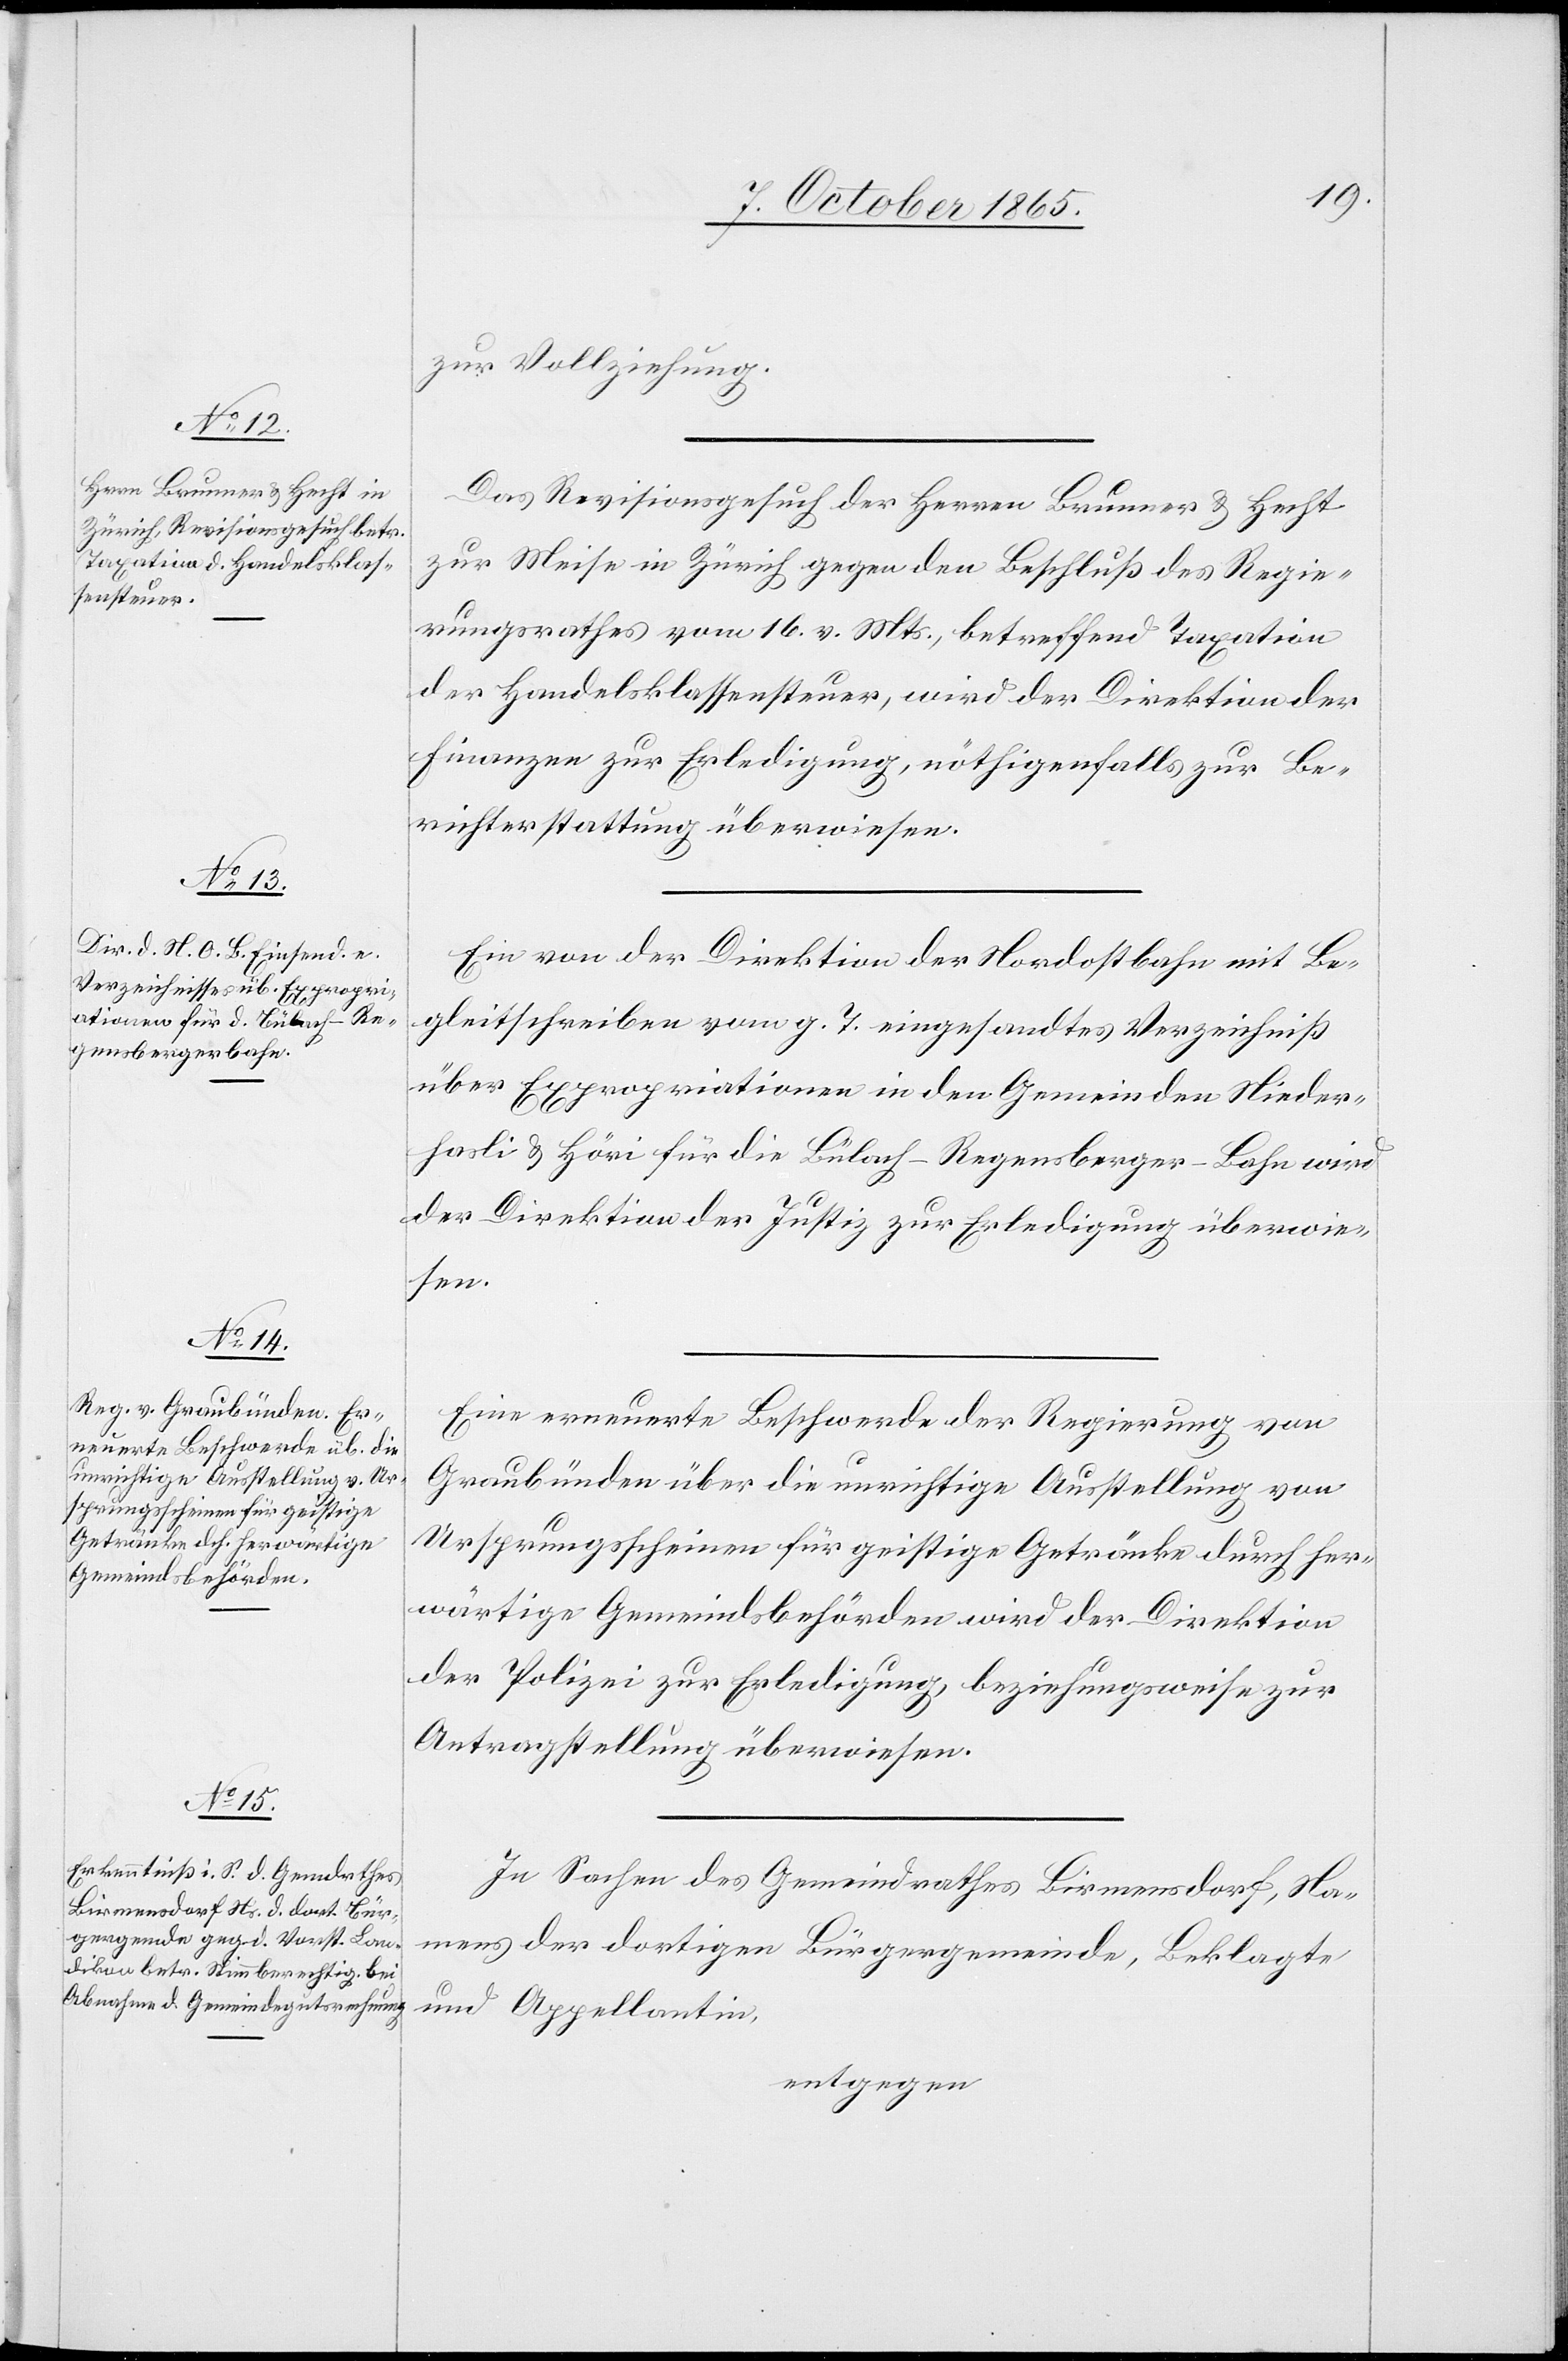
zur Vollziehung.
Das Revisionsgesuch der Herren Brunner & Hecht
zur Meise in Zürich gegen den Beschluß des Regie¬
rungsrathes vom 16. v. Mts., betreffend Taxation
der Handelsklassensteuer, wird der Direktion der
Finanzen zur Erledigung, nöthigenfalls zur Be¬
richterstattung überwiesen.
Ein von der Direktion der Nordostbahn mit Be¬
gleitschreiben vom g. T. eingesandtes Verzeichniß
über Expropriationen in den Gemeinden Nieder¬
hasli & Höri für die Bülach–Regensberger-Bahn wird
der Direktion der Justiz zur Erledigung überwie¬
sen.
Eine erneuerte Beschwerde der Regierung von
Graubünden über die unrichtige Ausstellung von
Ursprungsscheinen für geistige Getränke durch her¬
wärtige Gemeindsbehörden wird der Direktion
der Polizei zur Erledigung beziehungsweise zur
Antragstellung überwiesen.
In Sachen des Gemeindrathes Birmensdorf, Na¬
mens der dortigen Bürgergemeinde, Beklagte
und Appellantin,
entgegen